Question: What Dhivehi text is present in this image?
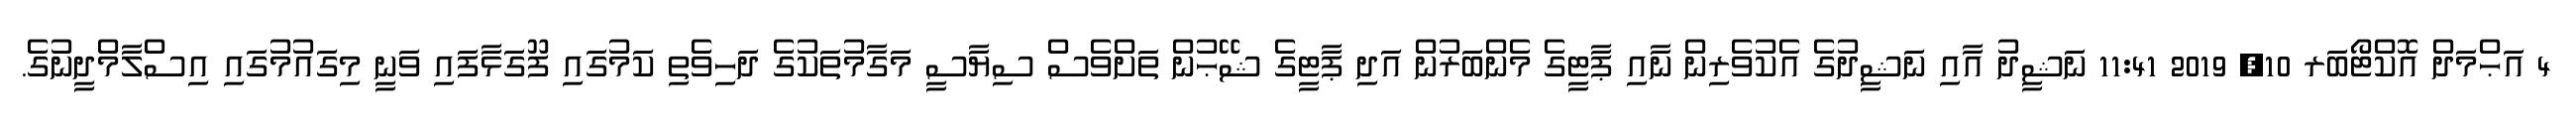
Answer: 4 އަޙްމަދް އޮކްޓޯބަރ 10, 2019 11:41 ނަޝީދު އާއި ނަޝީދުގެ އެކުވެރިން ނާއި ޕާޓީގެ މެންބަރުން އަދި ޕާޓީގެ ޝޭޙުން ތަށްވެސް ސިޔާސީ މަގާމުތަކުގެ ދަހިވެތި ކަމުގައި ފޫގަޅާފައި ވަނީ މިގައުމުގައި އިސްލާމްދީނުގެ.